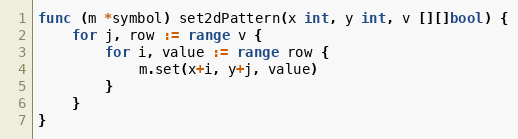
Language: Go
func (m *symbol) set2dPattern(x int, y int, v [][]bool) {
	for j, row := range v {
		for i, value := range row {
			m.set(x+i, y+j, value)
		}
	}
}